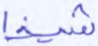
شيخا